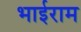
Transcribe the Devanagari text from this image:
भाईराम